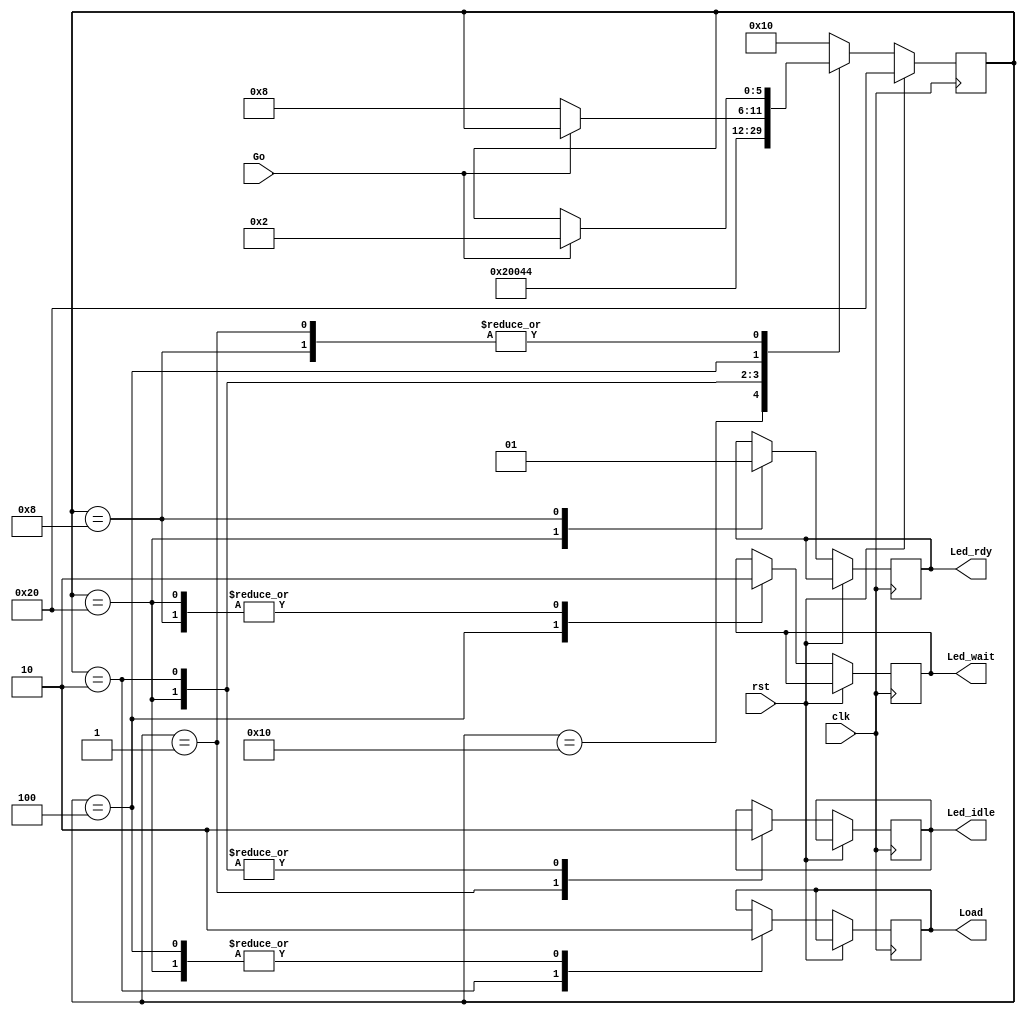
module Toggle_Alu(
input Go, clk, rst,
output reg Load, Led_idle, Led_wait, Led_rdy
    );
	 
//toggle controller
parameter S_idle = 6'b000_001, 
          S_Load = 6'b000_010, 
			 S_Wait = 6'b000_100, 
			 S_Ready= 6'b001_000, //State declare
			 Error=   6'b010_000,
			 RESET=	 6'b100_000;
reg [5:0] State;

always @ (posedge clk) begin
if(rst) begin
		State <= RESET; //rst points to reset state
		
end
	else 
		begin
			case (State)
			Error: State <= RESET;
			RESET:	begin
						Led_idle<=1'b0;
						Led_wait<=1'b0; //reset state initiliazation
						Led_rdy<=1'b0;
						Load<=1'b0;
						State <= S_idle; // points to idle state
						end
			S_idle:  begin
						Led_idle<=1'b1;
						if(Go)State<=S_Load;  //Idle state assert idle led and points to S_load state when button Go pressed
						end
			S_Load:  begin
						Led_idle<=1'b0; //load state deasserts idle flag and asserts Load signal to the register
						Load<=1'b1;
						State<=S_Wait; //automatically transfered to wait state
						end
			S_Wait:  begin
						Load<=1'b0;//wait state points to ready state as soon as button is released
						Led_wait<=1'b1;
						if(!Go)State<=S_Ready;
						end
			S_Ready: begin
			         Led_wait<=1'b0; //ready state waits for button press to point to Load state again
						Led_rdy<=1'b1;
						if(Go)State<=S_Load;	
						end
default:State<=Error;
endcase						
end
end
endmodule